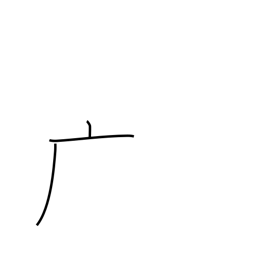
Meaning: dotted cliff radical (no. 53)